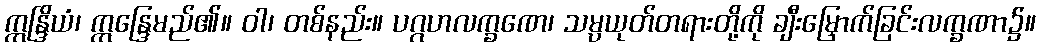
ဣန္ဒြိယံ၊ ဣန္ဒြေမည်၏။ ဝါ၊ တစ်နည်း။ ပဂ္ဂဟလက္ခဏေ၊ သမ္ပယုတ်တရားတို့ကို ချီးမြှောက်ခြင်းလက္ခဏာ၌။